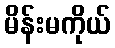
မိန်းမကိုယ်